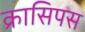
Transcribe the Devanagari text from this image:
क्रासिपस